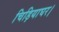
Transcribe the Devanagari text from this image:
चिड़ियाघर।